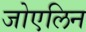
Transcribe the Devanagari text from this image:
जोएलिन